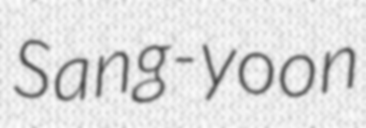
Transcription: Sang-yoon